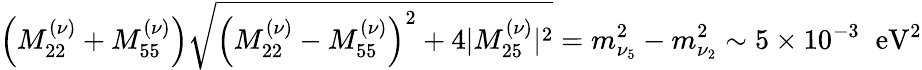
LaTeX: \left(M_{22}^{(\nu)}+M_{55}^{(\nu)}\right)\sqrt{\left(M_{22}^{(\nu)}-M_{55}^{(\nu)}\right)^{2}+4|M_{25}^{(\nu)}|^{2}}=m_{\nu_{5}}^{2}-m_{\nu_{2}}^{2}\sim 5\times 10^{-3}\; \; \mathrm{eV}^{2}